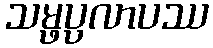
သမ္ဖပ္ပလာပဿ